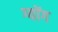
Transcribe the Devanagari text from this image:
ग्योंग